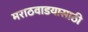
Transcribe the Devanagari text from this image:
मराठवाडयासाठी